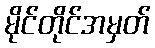
မိုင်တိုင်အမှတ်